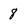
Character: 8